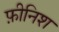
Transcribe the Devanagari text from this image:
फ़ीनिश